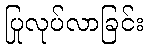
ပြုလုပ်လာခြင်း